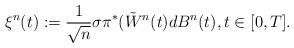
LaTeX: \begin{align*}\xi^n(t):=\frac{1}{\sqrt{n}}\sigma\pi^*(\tilde W^n(t)dB^n(t),t\in[0,T].\end{align*}